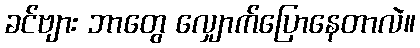
ခင်ဗျား ဘာတွေ လျှောက်ပြောနေတာလဲ။